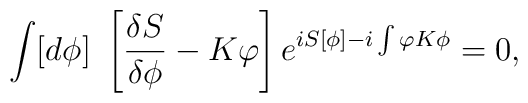
\int[d\phi]\ \left[\frac{\delta S}{\delta \phi} -K\varphi\right]e^{iS[\phi]-i\int\varphi K\phi}=0,